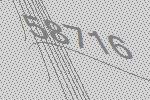
58716